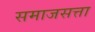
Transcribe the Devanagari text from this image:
समाजसत्ता